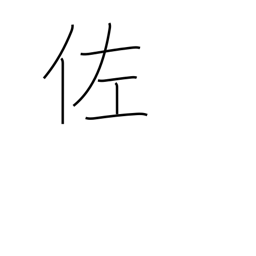
Meaning: assistant